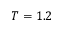
T = 1 . 2